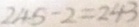
2 4 5 - 2 = 2 4 3